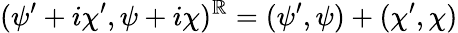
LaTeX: (\psi^{\prime}+i\chi^{\prime},\psi+i\chi)^{\mathbb{R}}=(\psi^{\prime},\psi)+(\chi^{\prime},\chi)